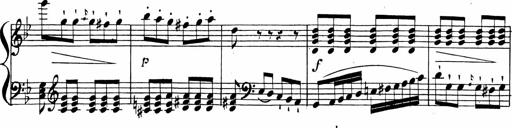
Title: 2 Piano Sonatinas
Composer: Ferdinand Ries